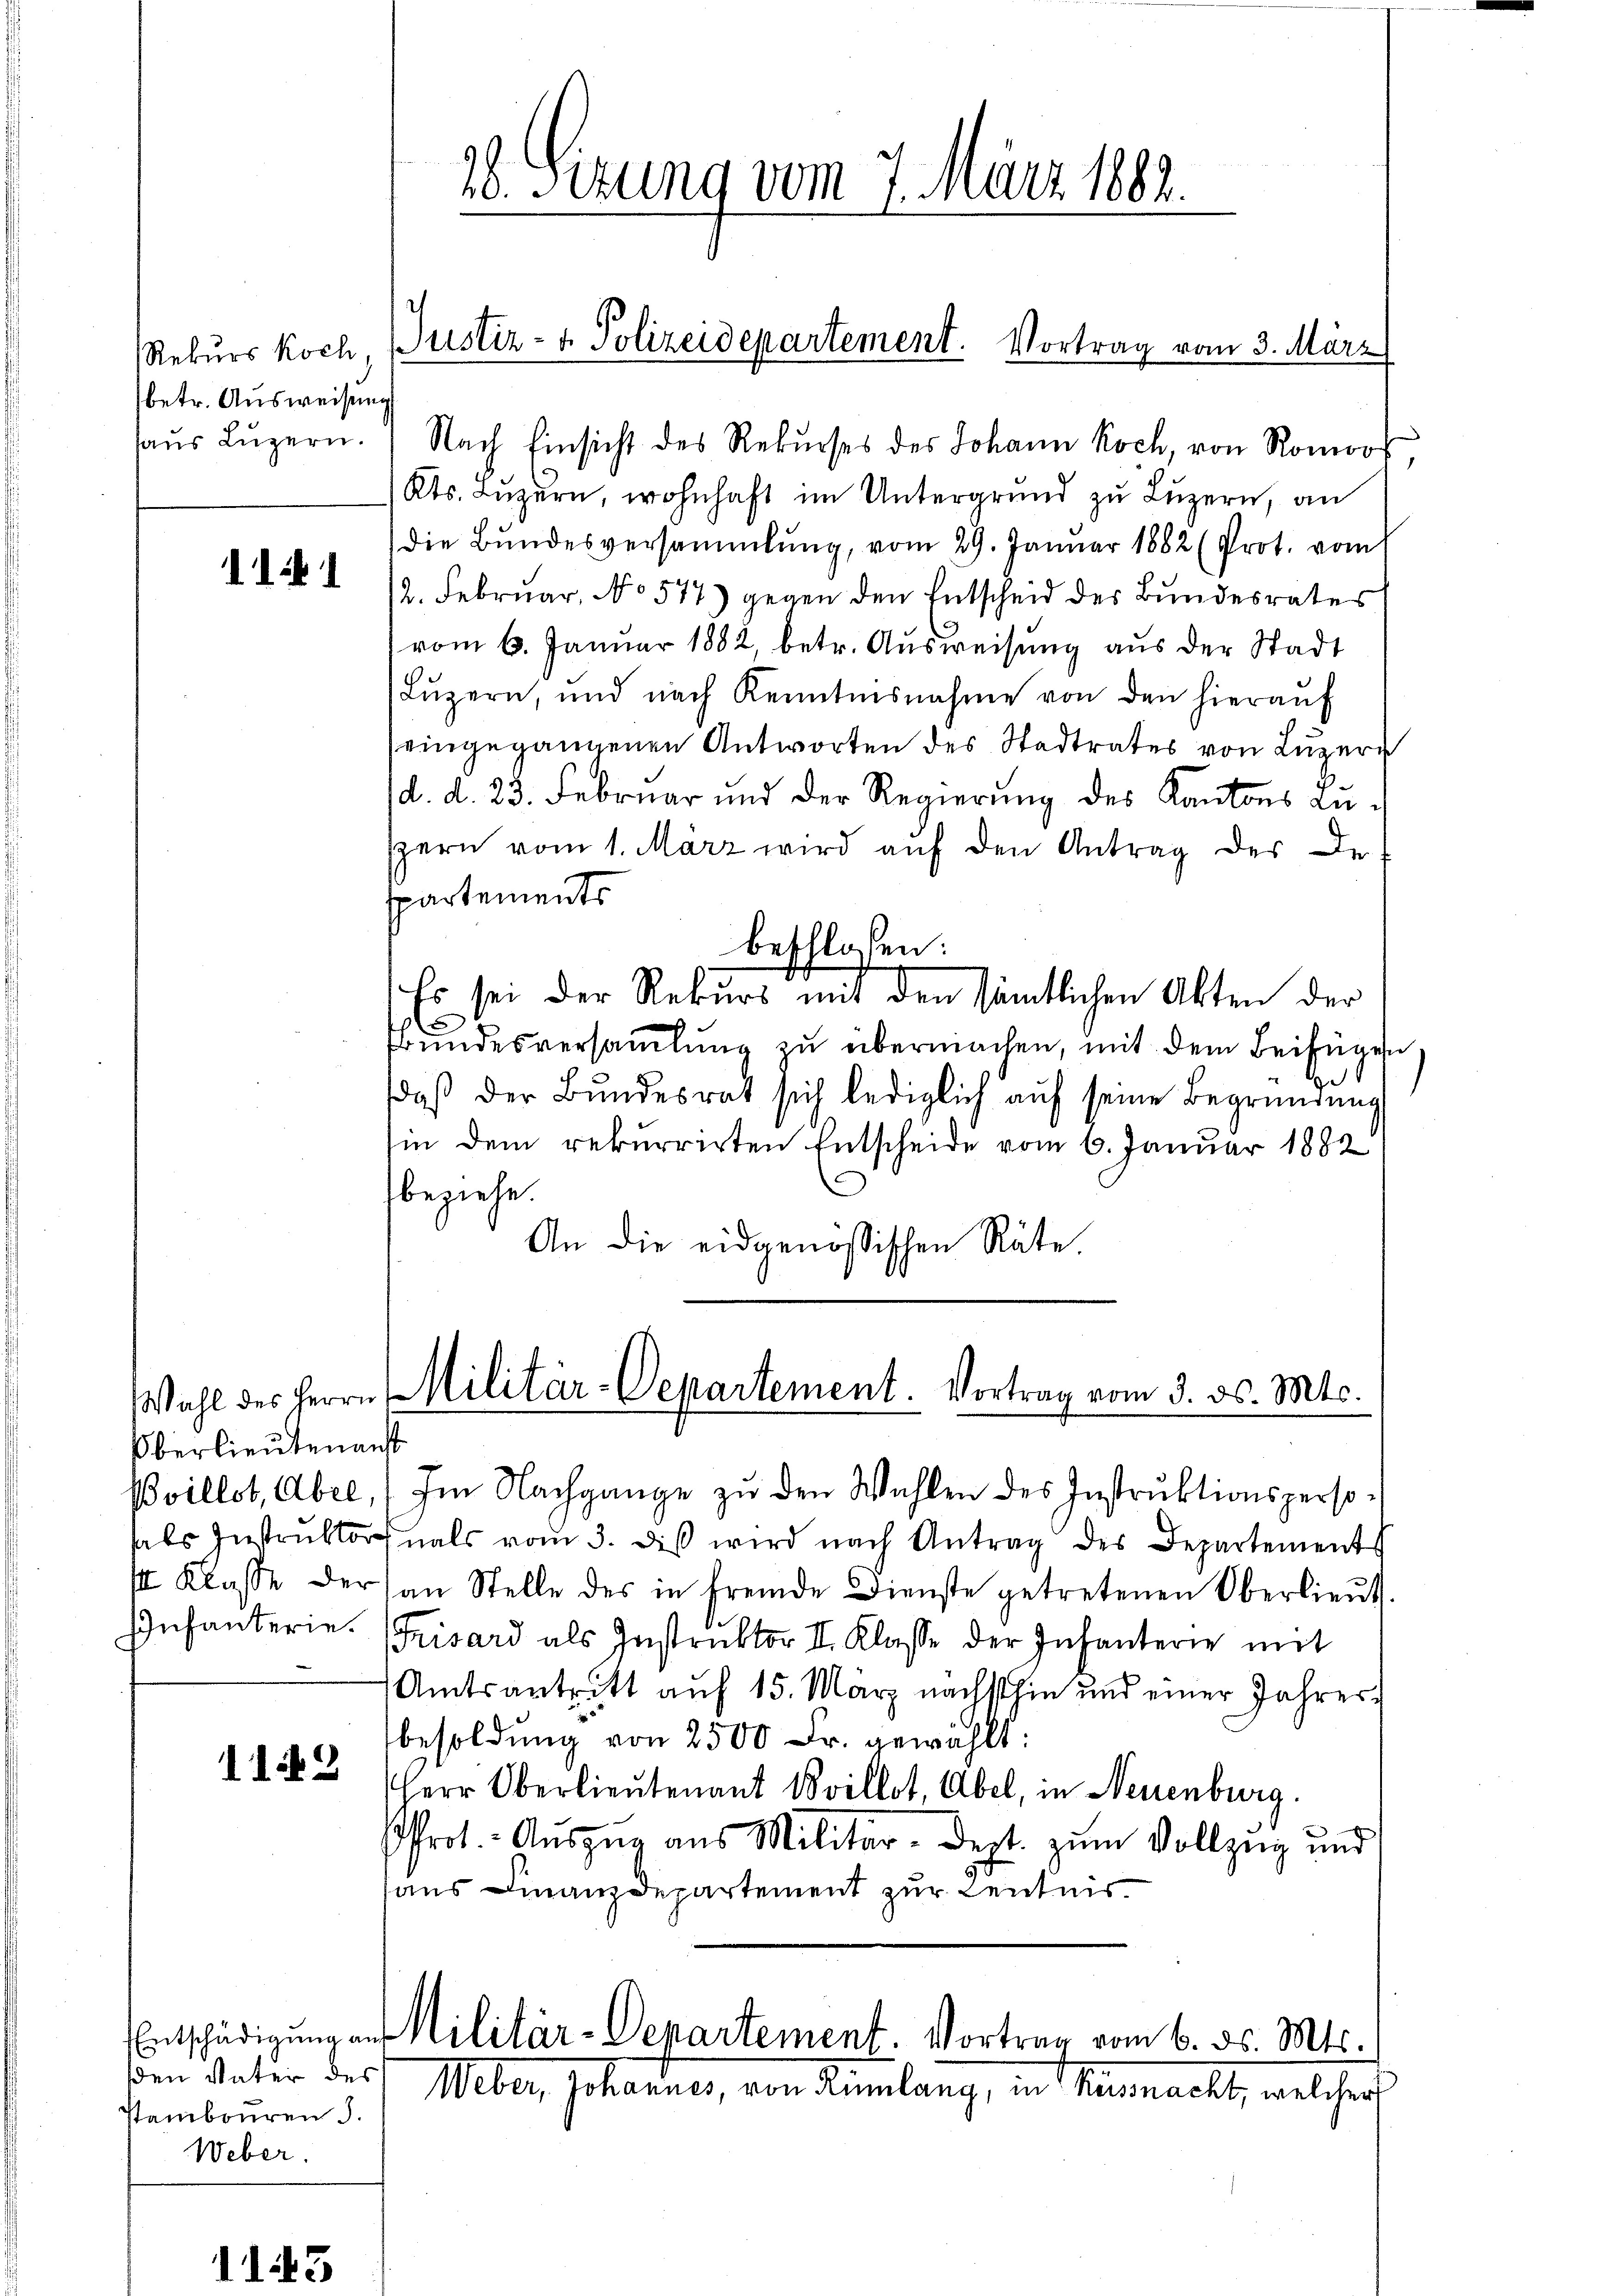
betr. Ausweisung

1141

Oberlieutenans

112

EEntschädigung an
sden Vater des
stambouren d.
Weber.

aŭs Lŭzern. Nach Einsicht des Rekŭrses des Johann Koch, von Romoos,
Kts. Luzern, wohnhaft im Untergrund zu Luzern, an
die Bundesversammlung, vom 29. Januar 1882 (Prot. vom
12. Februar, No 577) gegen den Entscheid der Bundesrates
vom 6. Januar 1882 betr. Ausweisung aus der Stadt
Lŭzern, und nach Kenntnisnahme von den hieraŭf
eingegangenen Antworten des Stadtrates von Luzern
d. d. 23. Februar und der Regierŭng des Kantons an d
pern vom 1. März wird auf den Antrag des De-
spartements
beschlossen:
Es sei der Rekurs mit den sämtlichen Akten der
bundesversammlung zu übermachen, mit dem Beifügen
daß der Bundesrat sich lediglich auf seine Begründung
hin dem rekurrirten Entscheide vom 6. Januar 1882
beziehe.
An die eidgenössischen Räte

18. Sizung vom 7. März 1882.

Rekurs koch, Zustiz- & Polizeidepartement. Vortrag vom 3. März

Wahl des Herrn Militär-Departement. Vortrag vom 3. ds. Mts.

Bvillot, Abel, (Im Nachgange zu den Wahlen des Instruktionspersohabs Instrŭktor als vom 3. diβ wird nach Antrag des Departements
I Klasse der an Stelle des in fremde Dienste getretenen Oberlieŭt
Infanterie. Frisard als Instruktor II. Klasse der Infanterie mit
Amtsantritt auf 15. März nächsthin und einer Jahresbesoldung von 2500 Fr. gewählt:
Herr Oberlieutenant Ovillot, Übel, in Neuenburg.
Pfrot. Auszug aus Militär-Dept. zum Vollzug und
haus Finanzdepartement zur Centnis

Militär-Departement. Vortrag vom 6. ds. Mts.
Weber Johannes, von Rümlang, in Mauernacht, welcher s